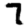
Digit: 7